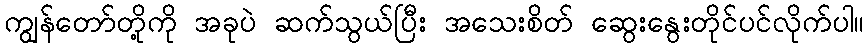
ကျွန်တော်တို့ကို အခုပဲ ဆက်သွယ်ပြီး အသေးစိတ် ဆွေးနွေးတိုင်ပင်လိုက်ပါ။